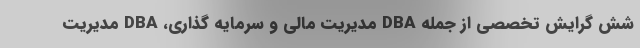
شش گرایش تخصصی از جمله DBA مدیریت مالی و سرمایه گذاری، DBA مدیریت